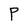
Character: P